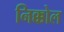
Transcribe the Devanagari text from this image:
निक्कोल